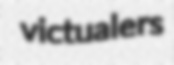
victualers